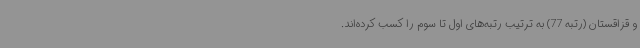
و قزاقستان (رتبه 77) به ترتیب رتبه‌های اول تا سوم را کسب کرده‌اند.